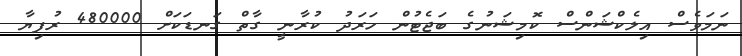
ނަމަވެސް އިލެކްޝަންސް ކޮމިޝަނުގެ ބަޖެޓުން ހަރަދު ކުރާނީ ގާތް ގަނޑަކަށް 480000 ރުފިޔާ